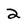
Character: 2